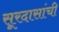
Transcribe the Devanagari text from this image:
सूरदासांची